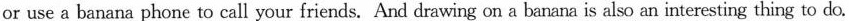
or use a banana phone to call your friends. And drawing on a banana is also an interesting thing to do.